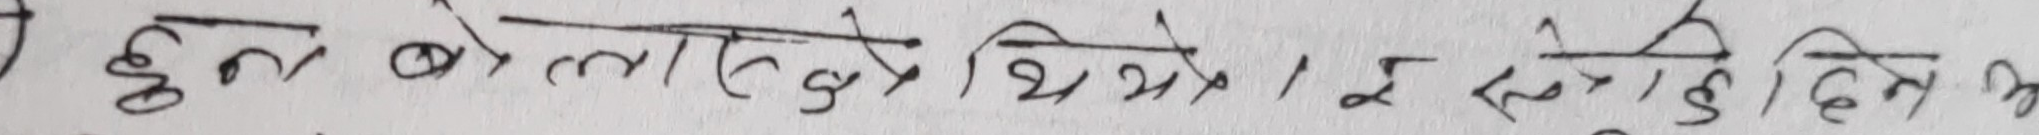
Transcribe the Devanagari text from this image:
तुल बोलाएको थियो। र सधैं दिन भ